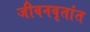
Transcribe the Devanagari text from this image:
जीवनवृतांत